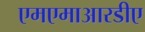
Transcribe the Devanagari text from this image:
एमएमाआरडीए